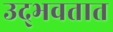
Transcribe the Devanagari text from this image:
उद्‍भवतात